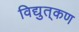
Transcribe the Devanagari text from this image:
विद्युत्‌कण